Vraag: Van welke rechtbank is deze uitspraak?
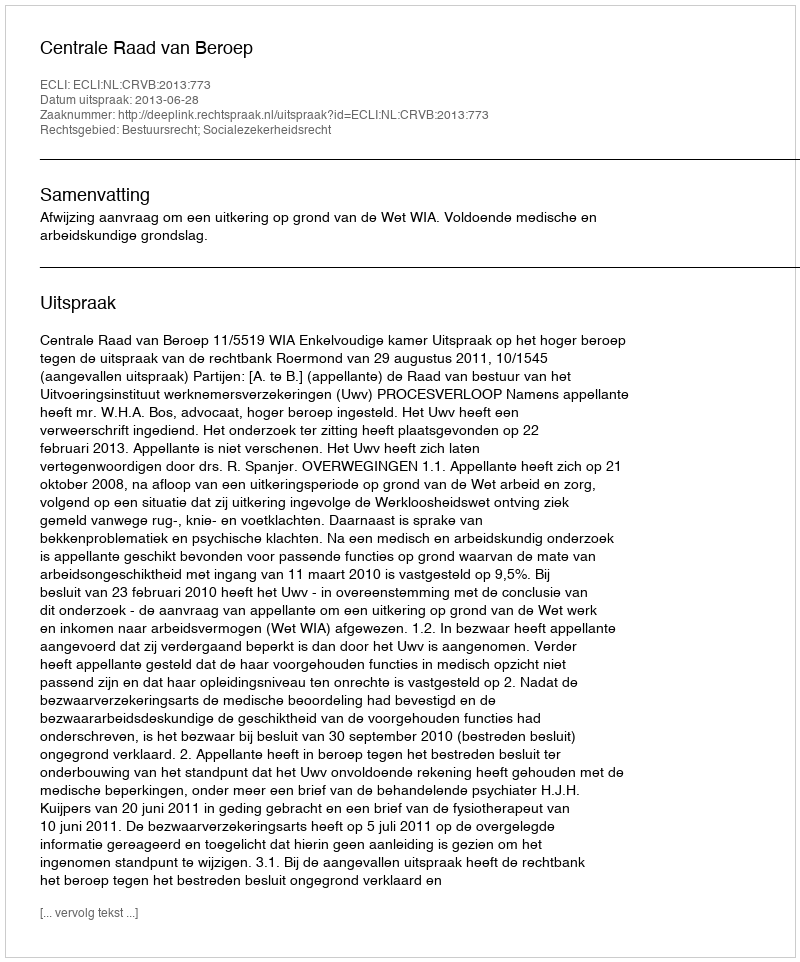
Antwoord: Centrale Raad van Beroep